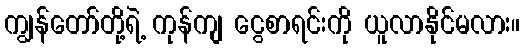
ကျွန်တော်တို့ရဲ့ ကုန်ကျ ငွေစာရင်းကို ယူလာနိုင်မလား။